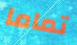
تماما